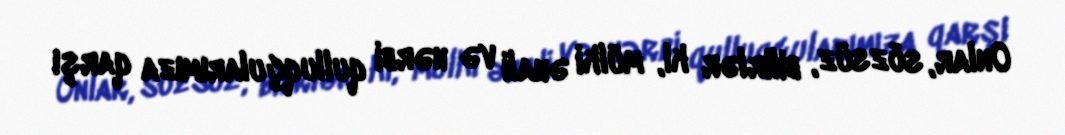
Onlar, sözsüz, bilirlər ki, mülki əhali və hərbi qulluqçularımıza qarşı